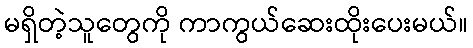
မရှိတဲ့သူတွေကို ကာကွယ်ဆေးထိုးပေးမယ်။